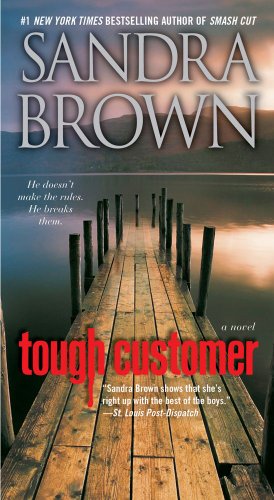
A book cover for Tough Customer: A Novel; Sandra Brown; Mystery, Thriller & Suspense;